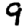
Digit: 9